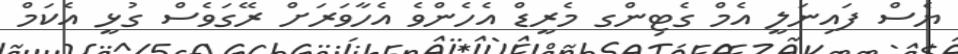
ޔެސް ފައިނަލީ އެމް ގެޓިންގ މެރީޑް އެހެންވެ އެހާވަރަށް ރޭގަވެސް ގުޅީ އެކަމް